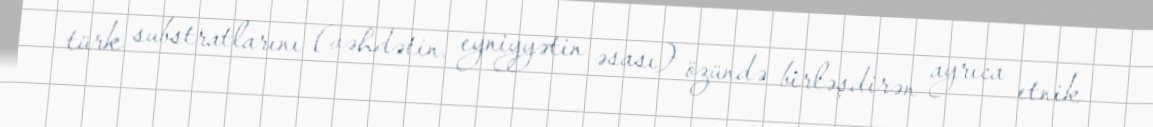
türk substratlarını (vəhdətin, eyniyyətin əsası) özündə birləşdirən ayrıca etnik